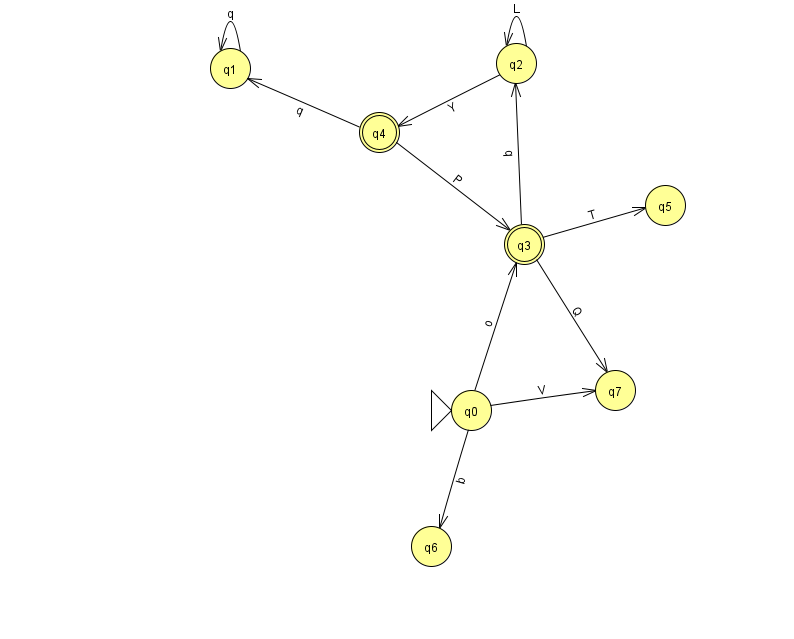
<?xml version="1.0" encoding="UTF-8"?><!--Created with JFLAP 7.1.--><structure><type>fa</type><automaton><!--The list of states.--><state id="0" name="q0"><x>471.0</x><y>397.0</y><initial/></state><state id="1" name="q1"><x>230.0</x><y>55.0</y></state><state id="2" name="q2"><x>516.0</x><y>50.0</y></state><state id="3" name="q3"><x>524.0</x><y>231.0</y><final/></state><state id="4" name="q4"><x>379.0</x><y>119.0</y><final/></state><state id="5" name="q5"><x>665.0</x><y>192.0</y></state><state id="6" name="q6"><x>431.0</x><y>533.0</y></state><state id="7" name="q7"><x>615.0</x><y>377.0</y></state><!--The list of transitions.--><transition><from>3</from><to>5</to><read>T</read></transition><transition><from>1</from><to>1</to><read>q</read></transition><transition><from>3</from><to>7</to><read>Q</read></transition><transition><from>0</from><to>6</to><read>b</read></transition><transition><from>4</from><to>3</to><read>P</read></transition><transition><from>0</from><to>3</to><read>o</read></transition><transition><from>2</from><to>2</to><read>L</read></transition><transition><from>0</from><to>7</to><read>V</read></transition><transition><from>3</from><to>2</to><read>q</read></transition><transition><from>4</from><to>1</to><read>q</read></transition><transition><from>2</from><to>4</to><read>Y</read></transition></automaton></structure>